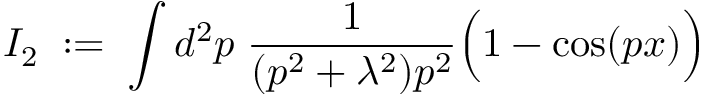
I _ { 2 } \; : = \; \int d ^ { 2 } p \; \frac { 1 } { ( p ^ { 2 } + \lambda ^ { 2 } ) p ^ { 2 } } \Big ( 1 - \cos ( p x ) \Big )